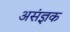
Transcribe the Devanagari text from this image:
असंज्ञक